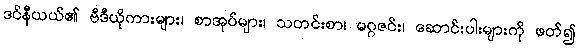
ဒင်နီယယ်၏ ဗီဒီယိုကားများ၊ စာအုပ်များ၊ သတင်းစာ၊ မဂ္ဂဇင်း၊ ဆောင်းပါးများကို ဖတ်၍